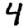
Digit: 4